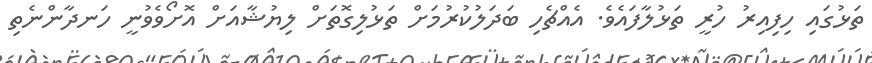
ތަޅުގައި ހިފިއިރު ހުރީ ތަޅުލާފައެވެ. އެއްޗެހި ބަދަލުކުރުމަށް ތަޅުލިގޮތަށް ލިޔުޝާއަށް އޮށޯވެވުނީ ހަނދާންނެތި